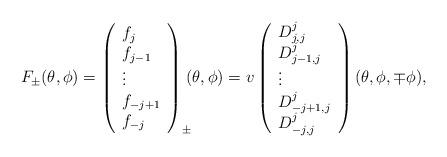
LaTeX: \begin{align*}F_\pm (\theta,\phi)=\left( \begin{array}{l} f_{j} \\f_{j-1} \\\vdots \\f_{-j+1} \\f_{-j} \end{array}\right)_\pm \!\!\! (\theta,\phi)= v\left( \begin{array}{l} D^{j}_{j,j} \\D^{j}_{j-1,j} \\\vdots \\D^{j}_{-j+1,j} \\D^{j}_{-j,j}\end{array}\right) (\theta,\phi,\mp \phi),\end{align*}